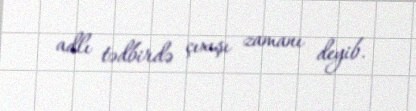
adlı tədbirdə çıxışı zamanı deyib.